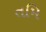
તમિ